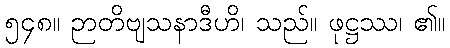
၅၄၈။ ဉာတိဗျသနာဒီဟိ၊ သည်။ ဖုဋ္ဌဿ၊ ၏။